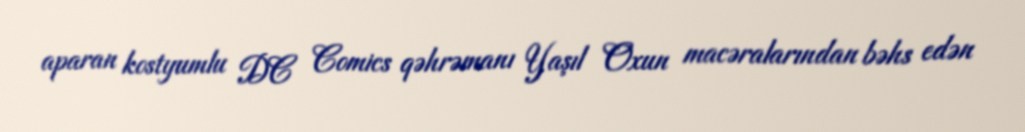
aparan kostyumlu DC Comics qəhrəmanı Yaşıl Oxun macəralarından bəhs edən